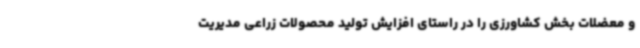
و معضلات بخش کشاورزی را در راستای افزایش تولید محصولات زراعی مدیریت